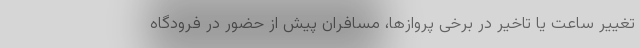
تغییر ساعت یا تاخیر در برخی پروازها، مسافران پیش از حضور در فرودگاه